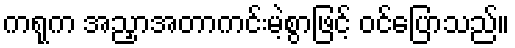
ကရုက အညှာအတာကင်းမဲ့စွာဖြင့် ဝင်ပြောသည်။